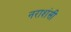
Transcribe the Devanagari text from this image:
नराशंसी